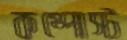
কম্পোস্ট